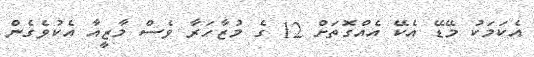
އެކަމަކު މޭޑޭ އެކޭ އެއްގޮތަށް 12 ގެ މުޒާހަރާ ވެސް މާޒީއާ އެކުވެގެން